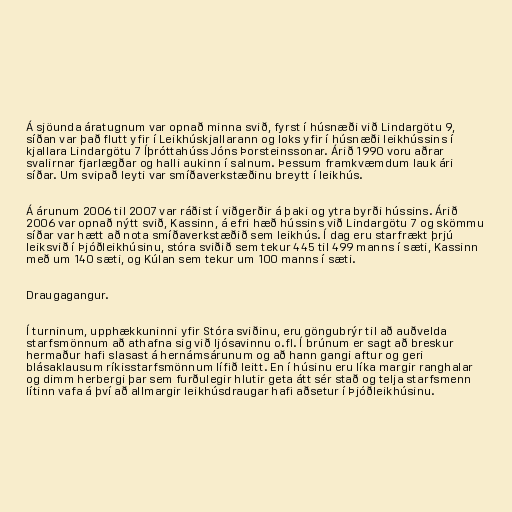
Á sjöunda áratugnum var opnað minna svið, fyrst í húsnæði við Lindargötu 9,
síðan var það flutt yfir í Leikhúskjallarann og loks yfir í húsnæði leikhússins í
kjallara Lindargötu 7 Íþróttahúss Jóns Þorsteinssonar. Árið 1990 voru aðrar
svalirnar fjarlægðar og halli aukinn í salnum. Þessum framkvæmdum lauk ári
síðar. Um svipað leyti var smíðaverkstæðinu breytt í leikhús.

Á árunum 2006 til 2007 var ráðist í viðgerðir á þaki og ytra byrði hússins. Árið
2006 var opnað nýtt svið, Kassinn, á efri hæð hússins við Lindargötu 7 og skömmu
síðar var hætt að nota smíðaverkstæðið sem leikhús. Í dag eru starfrækt þrjú
leiksvið í Þjóðleikhúsinu, stóra sviðið sem tekur 445 til 499 manns í sæti, Kassinn
með um 140 sæti, og Kúlan sem tekur um 100 manns í sæti.

Draugagangur.

Í turninum, upphækkuninni yfir Stóra sviðinu, eru göngubrýr til að auðvelda
starfsmönnum að athafna sig við ljósavinnu o.fl. Í brúnum er sagt að breskur
hermaður hafi slasast á hernámsárunum og að hann gangi aftur og geri
blásaklausum ríkisstarfsmönnum lífið leitt. En í húsinu eru líka margir ranghalar
og dimm herbergi þar sem furðulegir hlutir geta átt sér stað og telja starfsmenn
lítinn vafa á því að allmargir leikhúsdraugar hafi aðsetur í Þjóðleikhúsinu.